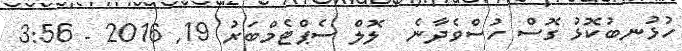
ހުޅުނބުކޮޅު ގޮސް ހުސްވެދާނެ  ލޮލް ސެޕްޓެމްބަރު 19